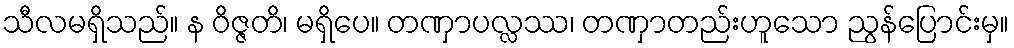
သီလမရှိသည်။ န ဝိဇ္ဇတိ၊ မရှိပေ။ တဏှာပလ္လဿ၊ တဏှာတည်းဟူသော ညွန်ပြောင်းမှ။